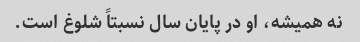
نه همیشه، او در پایان سال نسبتاً شلوغ است.